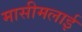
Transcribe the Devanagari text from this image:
मासीमलाई